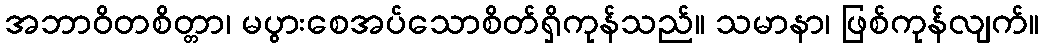
အဘာဝိတစိတ္တာ၊ မပွားစေအပ်သောစိတ်ရှိကုန်သည်။ သမာနာ၊ ဖြစ်ကုန်လျက်။